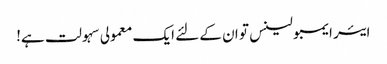
ایئر ایمبولینس تو ان کے لئے ایک معمولی سہولت ہے!